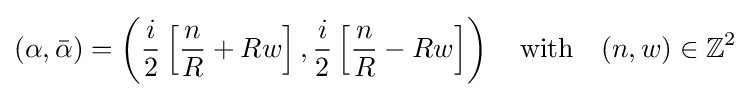
(\alpha ,{\bar {\alpha }})=\left({\frac {i}{2}}\left[{\frac {n}{R}}+Rw\right],{\frac {i}{2}}\left[{\frac {n}{R}}-Rw\right]\right)\quad {\text{with}}\quad (n,w)\in \mathbb {Z} ^{2}